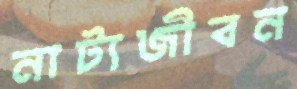
নাট্যজীবন